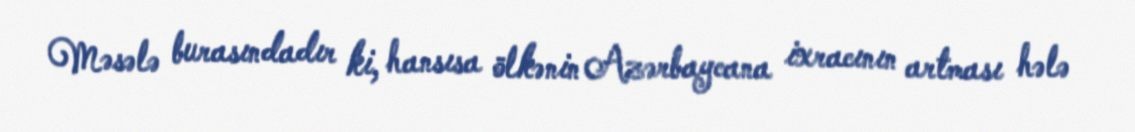
Məsələ burasındadır ki, hansısa ölkənin Azərbaycana ixracının artması hələ